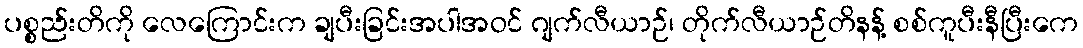
ပစ္စည်းတိကို လေကြောင်းက ချပီးခြင်းအပါအဝင် ဂျက်လီယာဉ်၊ တိုက်လီယာဉ်တိနန့် စစ်ကူပီးနီပြီးကေ